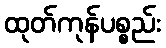
ထုတ်ကုန်ပစ္စည်း